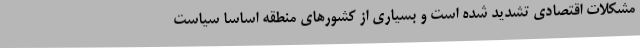
مشکلات اقتصادی تشدید شده است و بسیاری از کشورهای منطقه اساساً سیاست